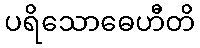
ပရိသောဓေဟီတိ